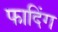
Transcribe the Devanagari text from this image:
फादिंग